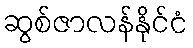
ဆွစ်ဇာလန်နိုင်ငံ